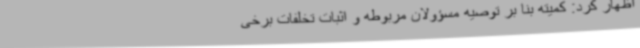
اظهار کرد: کمیته بنا بر توصیه مسؤولان مربوطه و اثبات تخلفات برخی